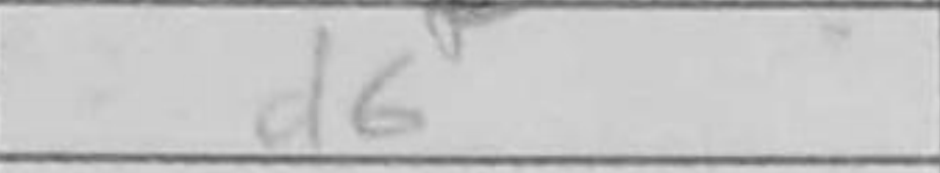
Transcription: d6